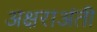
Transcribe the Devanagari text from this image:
अक्षराअंती